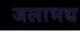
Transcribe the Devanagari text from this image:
जलाभद्य